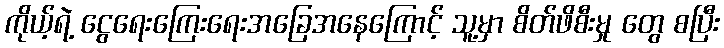
ကိုယ့်ရဲ့ ငွေရေးကြေးရေးအခြေအနေကြောင့် သူ့မှာ စိတ်ဖိစီးမှု တွေ စပြီး